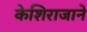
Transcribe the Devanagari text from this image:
केशिराजाने